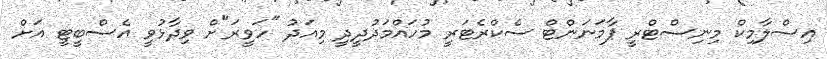
އިސްލާމިކް މިނިސްޓްރީ ޕާމަނަންޓް ސެކްރެޓަރީ މުހައްމަދުދީދީ މިއަދު "ހަވީރަ"ށް ވިދާޅުވީ އެސްބީޓީ އަށް